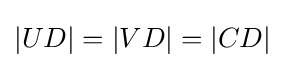
|UD|=|VD|=|CD|